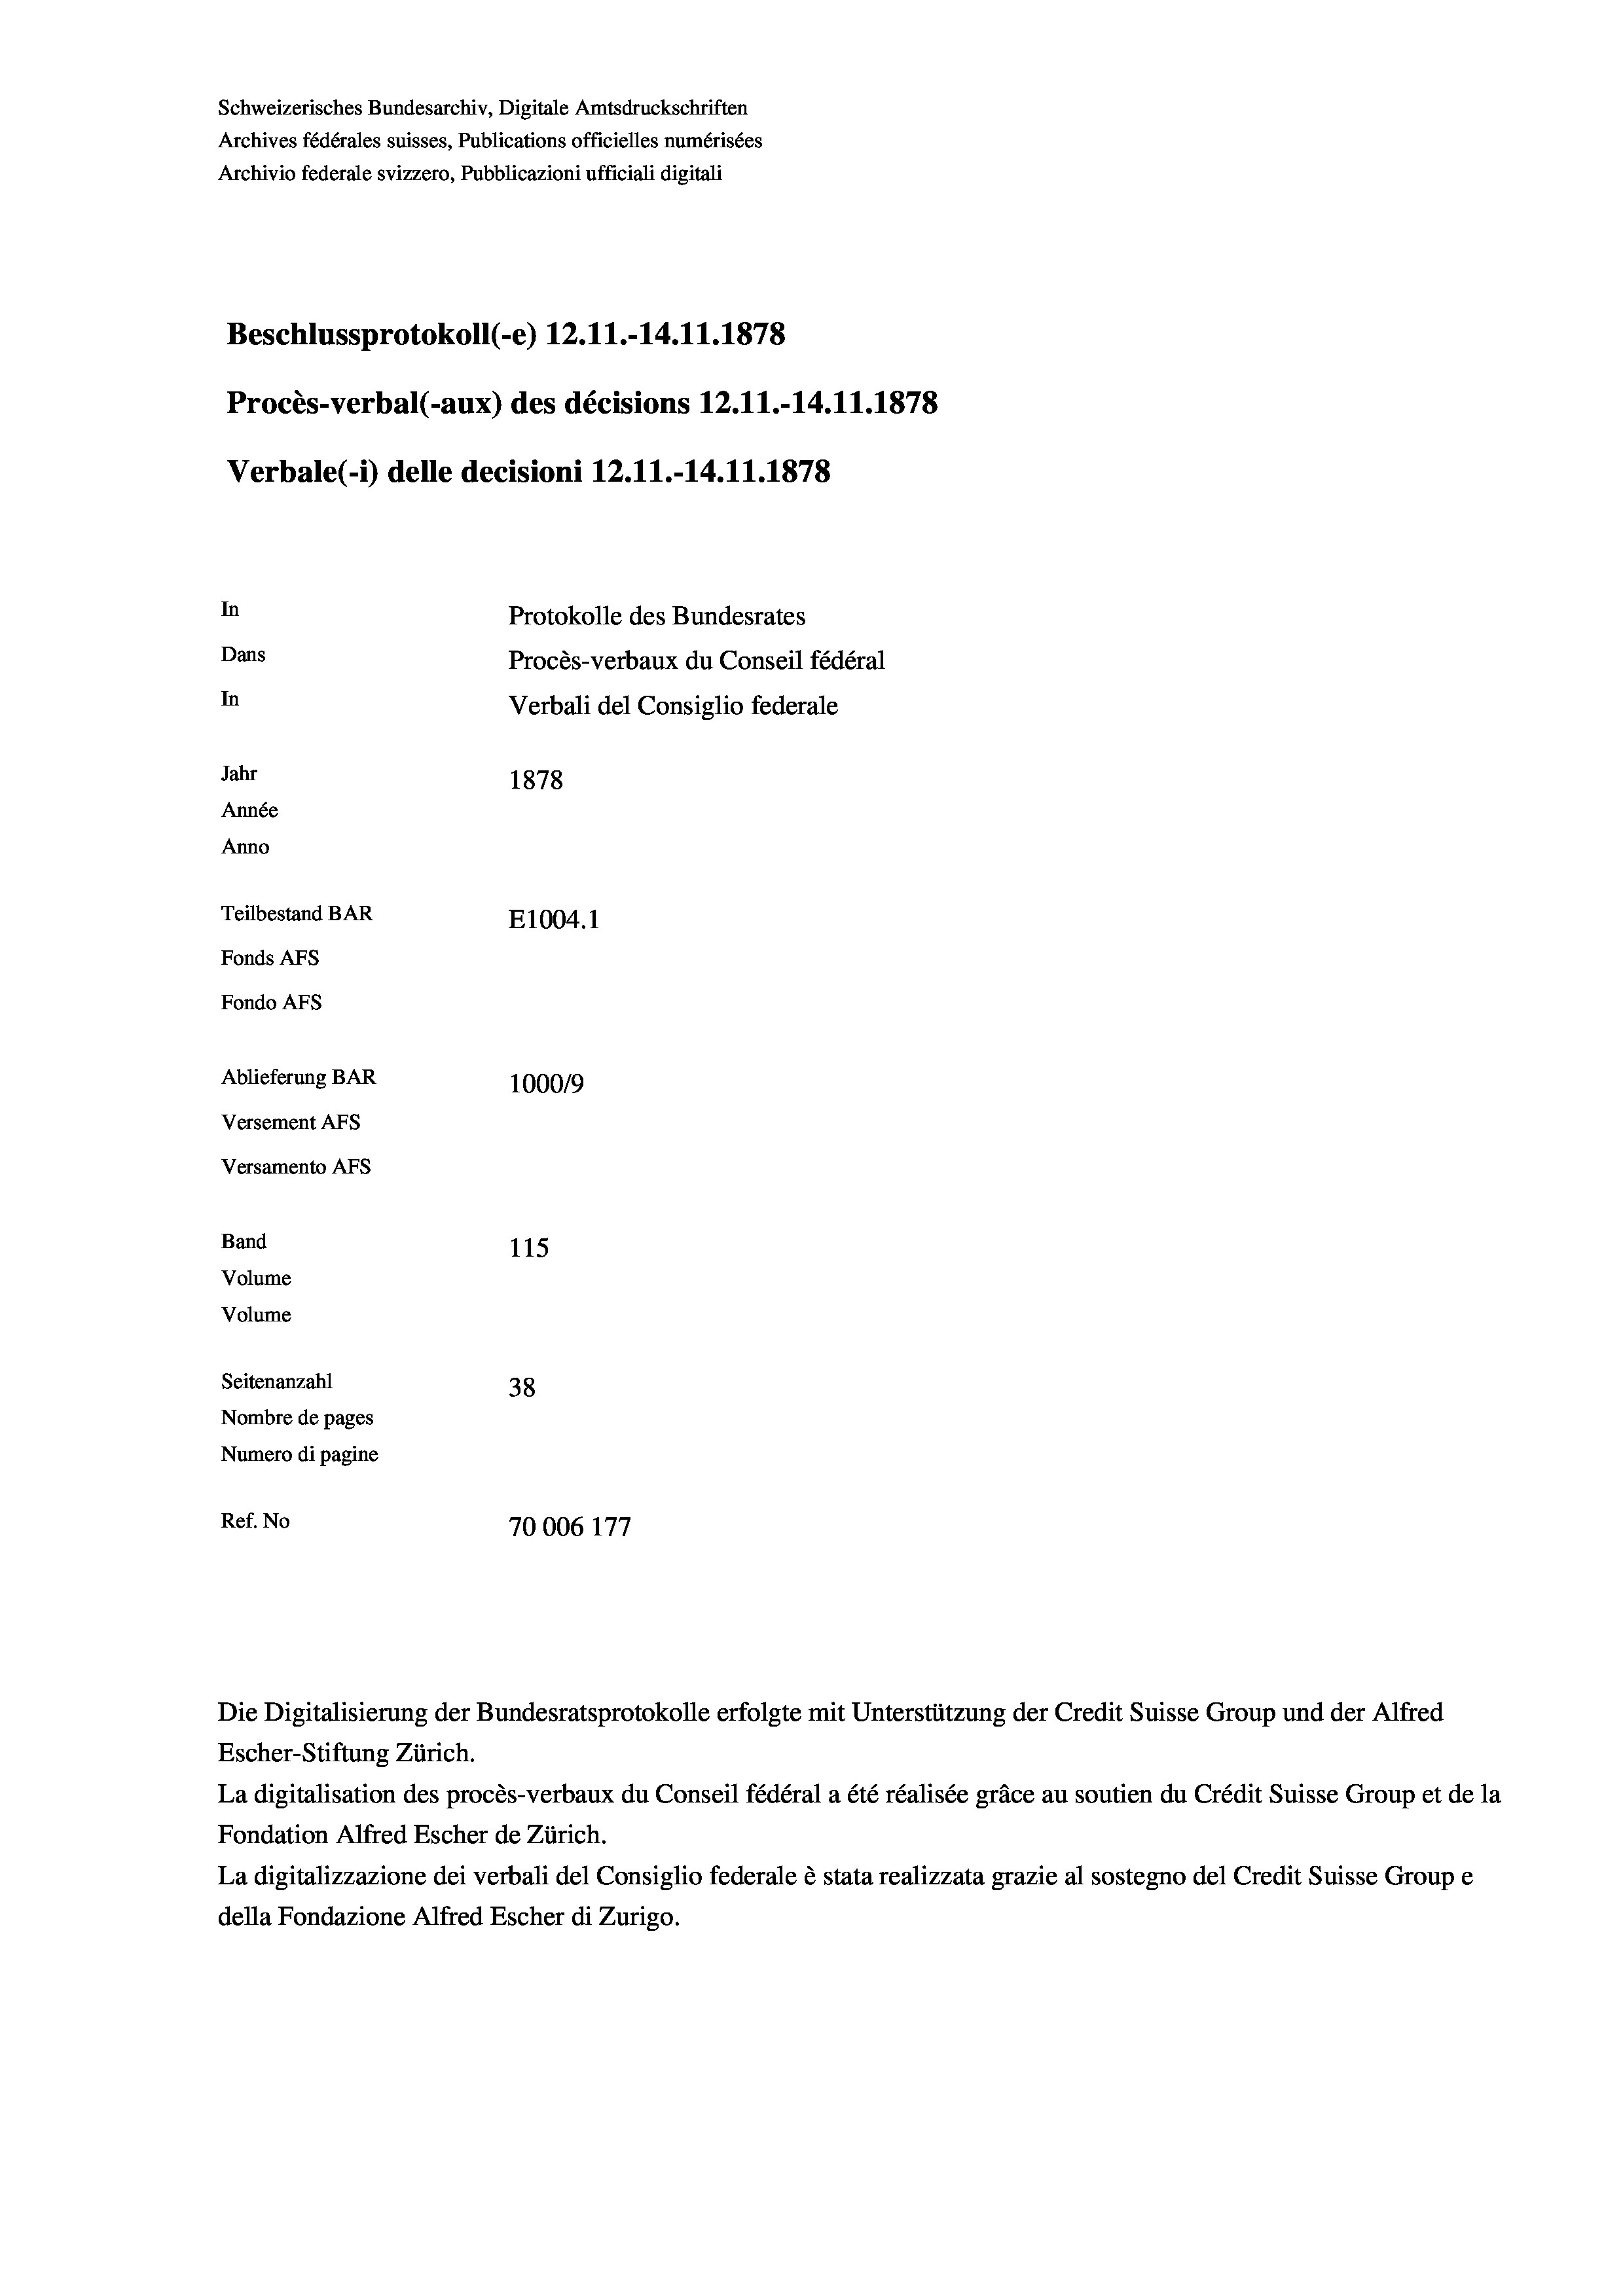
Schweizerisches Bundesarchiv, Digitale Amtsdruckschriften
Archives fédérales suisses, Publications officielles numérisées
Archivio federale svizzero, Pubblicazioni ufficiali digitali
Beschlussprotokoll (-e) 12.11.-14.11.1878
Procès-verbal (-aux) des décisions 12.11.-14.11.1878
Verbale(-*) delle decisioni 12.11.-14.11.1878
In
Protokolle des Bundesrates
Dans
Procès-verbaux du Conseil fédéral
In
Verbali del Consiglio federale
Jahr
1878
Année
Anno
Teilbestand BAR
E1004. 1
Fonds AFs
Fondo AFS
Ablieferung BAR
100019
Versement As
Versamento AFs
Band
115
Volume
Volume
Seitenanzahl
38
Nombre de pages
Numero di pagine
e
Ref. No
70006 177

Escher-Stiftung Zürich.
La digitalisation des procès-verbaux du Conseil fédéral a été réalisée gräce au soutien du Crédit Suisse Group et de la
Fondation Alfred Escher de Zürich.
La digitalizzazione dei verbali del Consiglio federale è stata realizzata grazie al sostegno del Credit Suisse Groupe
della Fondazione Alfred Escher di Zurigo.

Die Digitalisierung der Bundesratsprotokolle erfolgte mit Unterstützung der Credit Suisse Group und der Alfred